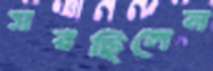
সরছিলেন